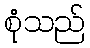
စုံသည်